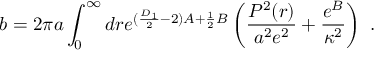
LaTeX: b = 2 \pi a \int _ { 0 } ^ { \infty } d r e ^ { ( \frac { D _ { 1 } } { 2 } - 2 ) A + \frac { 1 } { 2 } B } \left( \frac { P ^ { 2 } ( r ) } { a ^ { 2 } e ^ { 2 } } + \frac { e ^ { B } } { \kappa ^ { 2 } } \right) ~ .